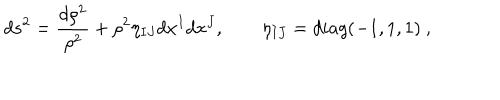
d s ^ { 2 } = \frac { d \rho ^ { 2 } } { \rho ^ { 2 } } + \rho ^ { 2 } \eta _ { I J } d x ^ { I } d x ^ { J } , \qquad \eta _ { I J } = d i a g ( - 1 , 1 , 1 ) \ ,